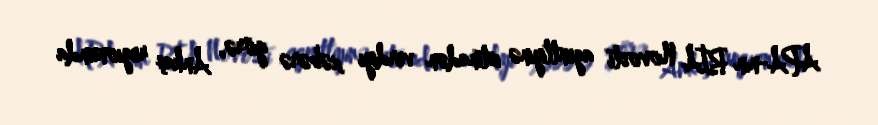
APA-nın RİA Novosti agentliyinə istinadən verdiyi xəbərə görə, Ankaş regionunda